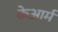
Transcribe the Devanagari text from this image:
केआर्म